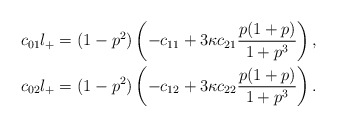
\begin{align*} c_{01}l_+&=(1-p^2)\left(-c_{11}+3\kappa c_{21}\frac{p(1+p)}{1+p^3}\right),\\ c_{02}l_+&=(1-p^2)\left(-c_{12}+3\kappa c_{22}\frac{p(1+p)}{1+p^3}\right).\end{align*}